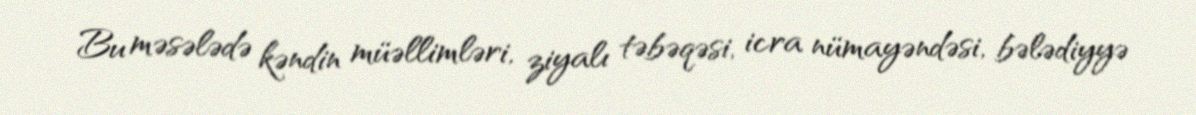
Bu məsələdə kəndin müəllimləri, ziyalı təbəqəsi, icra nümayəndəsi, bələdiyyə